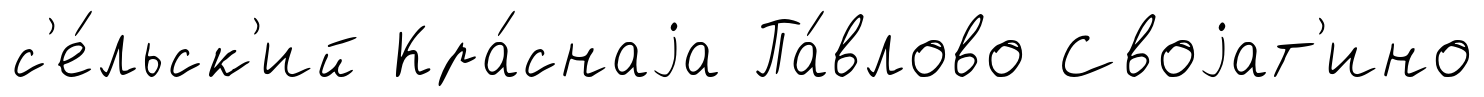
с'е́льск'ий Кра́снаjа Па́влово Своjат'ино